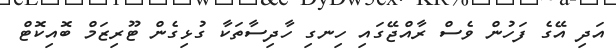
އަދި އޭގެ ފަހުން ވެސް ރާއްޖޭގައި ހިނގި ހާދިސާތަކާ ގުޅިގެން ޓޫރިޒަމް ބޮއިކޮޓް